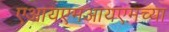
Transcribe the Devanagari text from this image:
एआयएमआयएमच्या